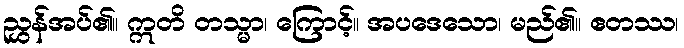
ညွှန်အပ်၏။ ဣတိ တသ္မာ၊ ကြောင့်။ အပဒေသော၊ မည်၏။ ဧတဿ၊